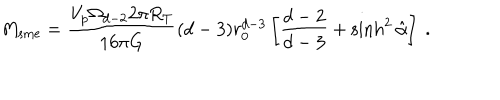
LaTeX: M _ { \mathrm { s m e } } = \frac { V _ { p } \Omega _ { d - 2 } 2 \pi R _ { T } } { 1 6 \pi G } ( d - 3 ) r _ { 0 } ^ { d - 3 } \left[ \frac { d - 2 } { d - 3 } + \sinh ^ { 2 } \hat { \alpha } \right] \ .